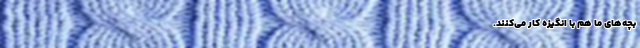
بچه‌های ما هم با انگیزه کار می‌‌‌‌‌‌‌‌‌‌‌‌‌‌‌‌‌‌‌‌‌‌‌‌‌‌‌‌‌‌‌‌‌‌‌کنند.